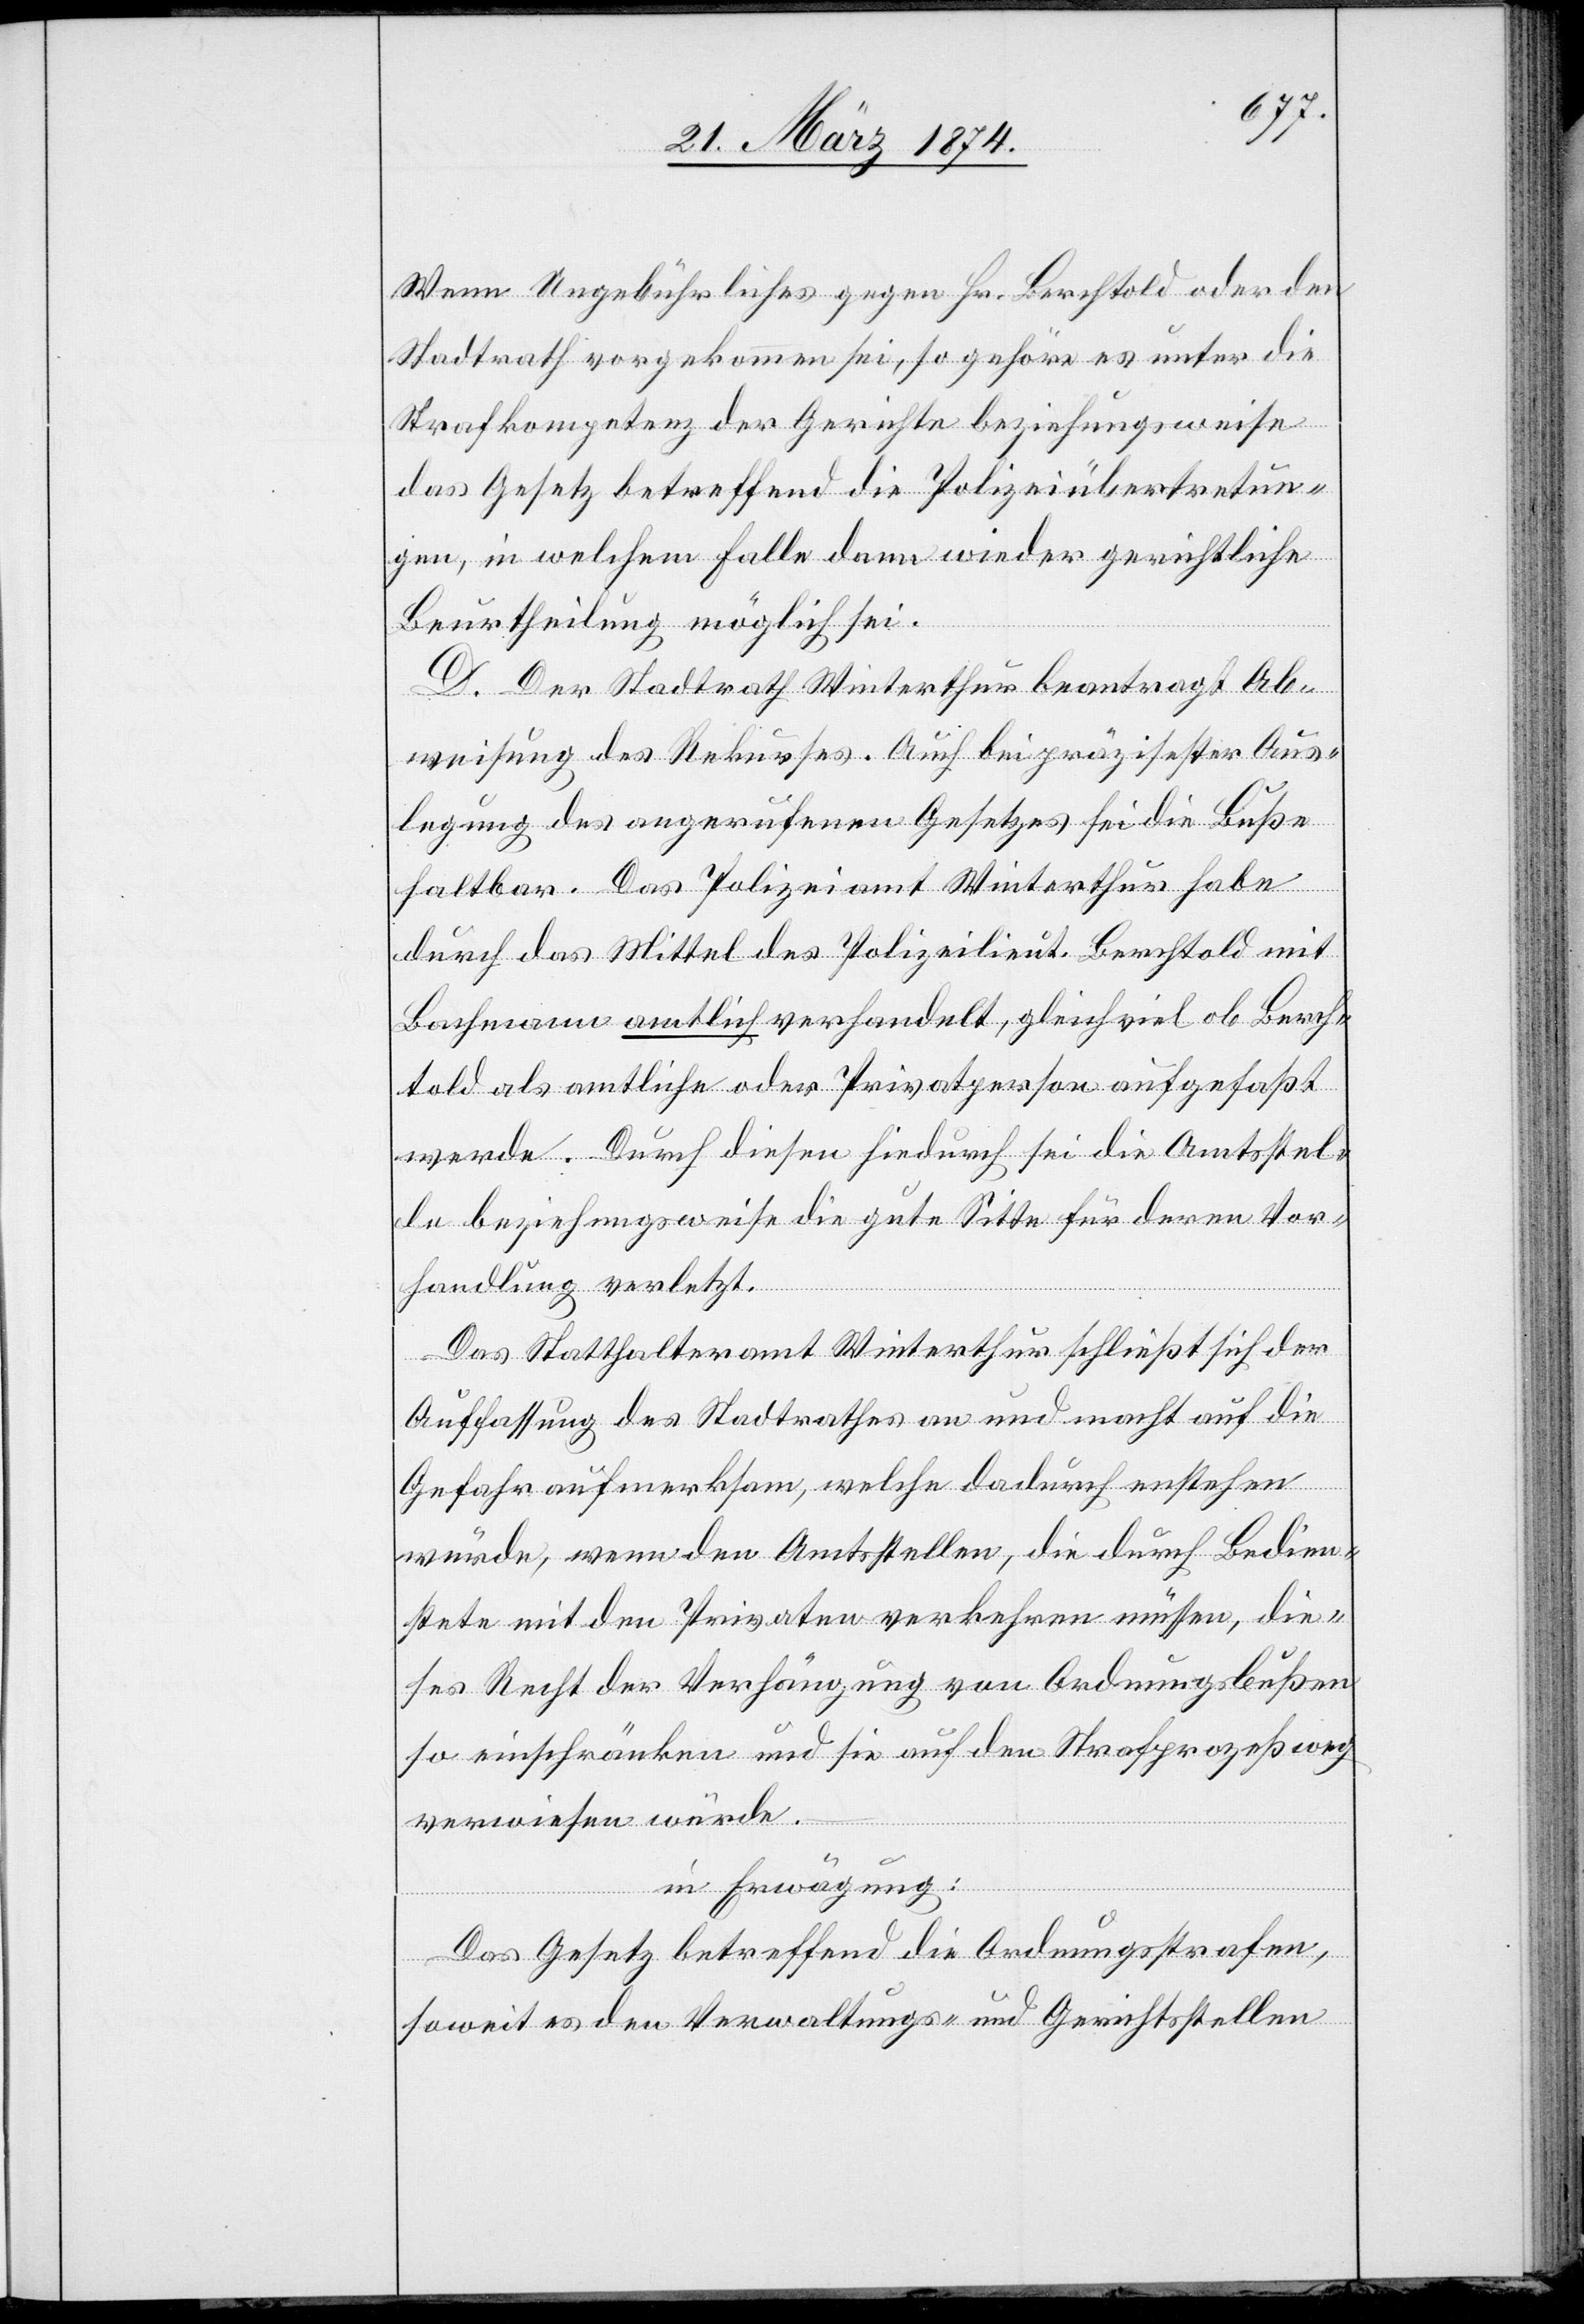
wenn Ungebührliches gegen Hr. Berchtold oder den
Stadtrath vorgekommen sei, so gehöre es unter die
Strafkompetenz der Gerichte beziehungsweise
das Gesetz betreffend die Polizeiübertretun¬
gen, in welchem Falle dann wieder gerichtliche
Beurtheilung möglich sei.
D. Der Stadtrath Winterthur beantragt Ab¬
weisung des Rekurses. Auch bei präzisester Aus¬
legung des angerufenen Gesetzes sei die Buße
haltbar. Das Polizeiamt Winterthur habe
durch das Mittel des Polizeilieut. Berchtold mit
Bachmann amtlich verhandelt, gleichviel ob Berch¬
told als amtliche oder Privatperson aufgefaßt
werde. Durch diesen hindurch sei die Amtsstel¬
le beziehungsweise die gute Sitte für deren Vor¬
handlung verletzt.
Das Statthalteramt Winterthur schließt sich der
Auffassung des Stadtrathes an und macht auf die
Gefahr aufmerksam, welche dadurch entstehen
würde, wenn den Amtsstellen, die durch Bedien¬
stete mit den Privaten verkehren müssen, die¬
ses Recht der Verhängung von Ordnungsbußen
so einschränken und sie auf den Strafprozeßweg
verwiesen würde.
in Erwägung:
Das Gesetz betreffend die Ordnungsstrafen,
soweit es den Verwaltungs- und Gerichtsstellen